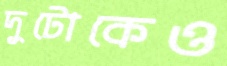
দুটোকেও